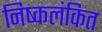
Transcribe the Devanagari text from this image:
निष्कलंकित